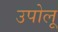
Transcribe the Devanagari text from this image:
उपोलू